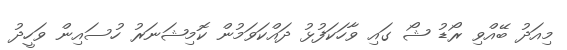
މިއަދު ބޭއްވި ރޯޑު ޝޯ ގައި ވާހަކަފުޅު ދައްކަވަމުން ކޮމިޝަނަރު ހުސައިން ވަހީދު